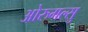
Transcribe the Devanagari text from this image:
ओरुगल्सु